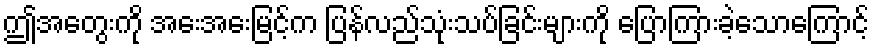
ဤအတွေးကို အေးအေးမြင့်က ပြန်လည်သုံးသပ်ခြင်းများကို ပြောကြားခဲ့သောကြောင့်